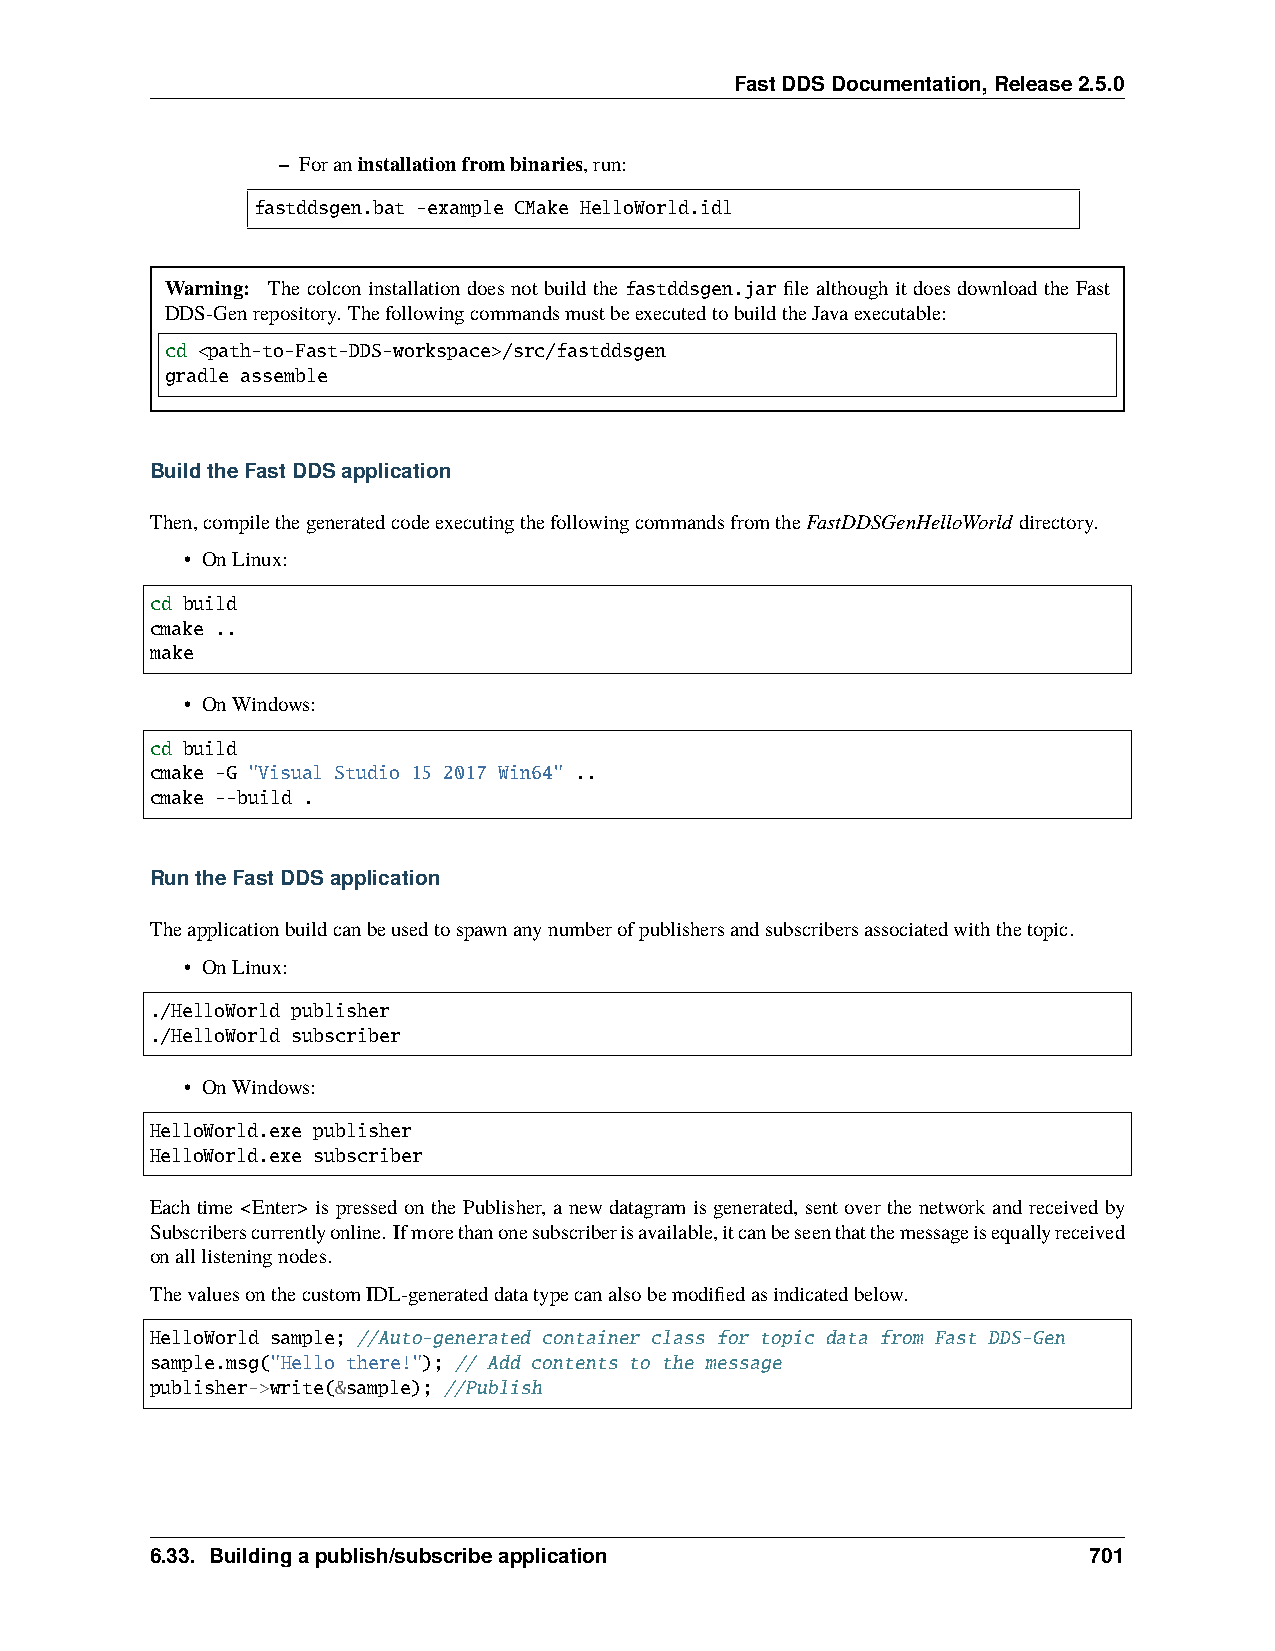
FastDDSDocumentation,Release2.5.0
 – Foraninstallationfrombinaries,run:
 fastddsgen.bat -example CMake HelloWorld.idl
 Warning: The colcon installation does not build the fastddsgen.jar file although it does download the Fast
 DDS-Genrepository. ThefollowingcommandsmustbeexecutedtobuildtheJavaexecutable:
 cd <path-to-Fast-DDS-workspace>/src/fastddsgen
 gradle assemble
 BuildtheFastDDSapplication
 Then,compilethegeneratedcodeexecutingthefollowingcommandsfromtheFastDDSGenHelloWorld directory.
 • OnLinux:
 cd build
 cmake ..
 make
 • OnWindows:
 cd build
 cmake -G "Visual Studio 15 2017 Win64" ..
 cmake --build .
 RuntheFastDDSapplication
 Theapplicationbuildcanbeusedtospawnanynumberofpublishersandsubscribersassociatedwiththetopic.
 • OnLinux:
 ./HelloWorld publisher
 ./HelloWorld subscriber
 • OnWindows:
 HelloWorld.exe publisher
 HelloWorld.exe subscriber
 Each time <Enter> is pressed on the Publisher, a new datagram is generated, sent over the network and received by
 Subscriberscurrentlyonline. Ifmorethanonesubscriberisavailable,itcanbeseenthatthemessageisequallyreceived
 onalllisteningnodes.
 ThevaluesonthecustomIDL-generateddatatypecanalsobemodifiedasindicatedbelow.
 HelloWorld sample; //Auto-generated container class for topic data from Fast DDS-Gen
 sample.msg("Hello there!"); // Add contents to the message
 publisher->write(&sample); //Publish
 6.33. Buildingapublish/subscribeapplication                   701